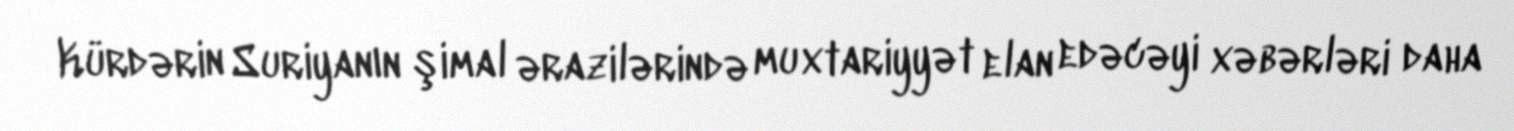
Kürdərin Suriyanın şimal ərazilərində muxtariyyət elan edəcəyi xəbərləri daha